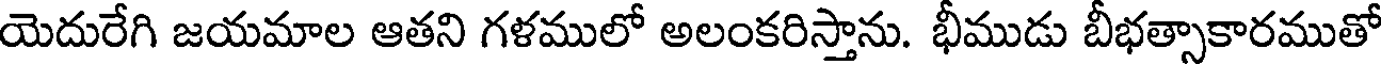
యెదురేగి జయమాల ఆతని గళములో అలంకరిస్తాను. భీముడు బీభత్సాకారముతో